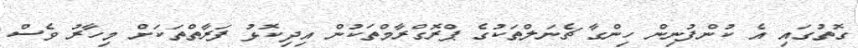
ގޮތުގައި އެ ކުންފުނިން ހިންގާ ޗެނަލްތަކުގެ ޕްރޮގްރާމްތަކުން އިދިކޮޅު ފަރާތްތަކަށް މިހާރު ވެސް